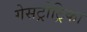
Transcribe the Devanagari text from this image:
गेसट्रोट्रिका